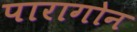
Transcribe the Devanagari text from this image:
पारागोन